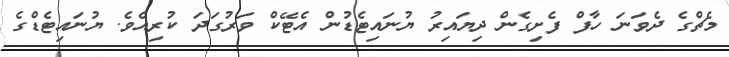
މެޗްގެ ދެވަނަ ހާފް ފެށިގެން ދިޔައިރު ޔުނައިޓެޑުން އެޓޭކް ވަރުގަދަ ކުރިއެވެ. ޔުނައިޓެޑްގެ